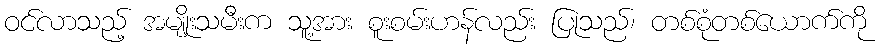
ဝင်လာသည့် အမျိုးသမီးက သူ့အား စူးစမ်းဟန်လည်း ပြုသည်၊ တစ်စုံတစ်ယောက်ကို